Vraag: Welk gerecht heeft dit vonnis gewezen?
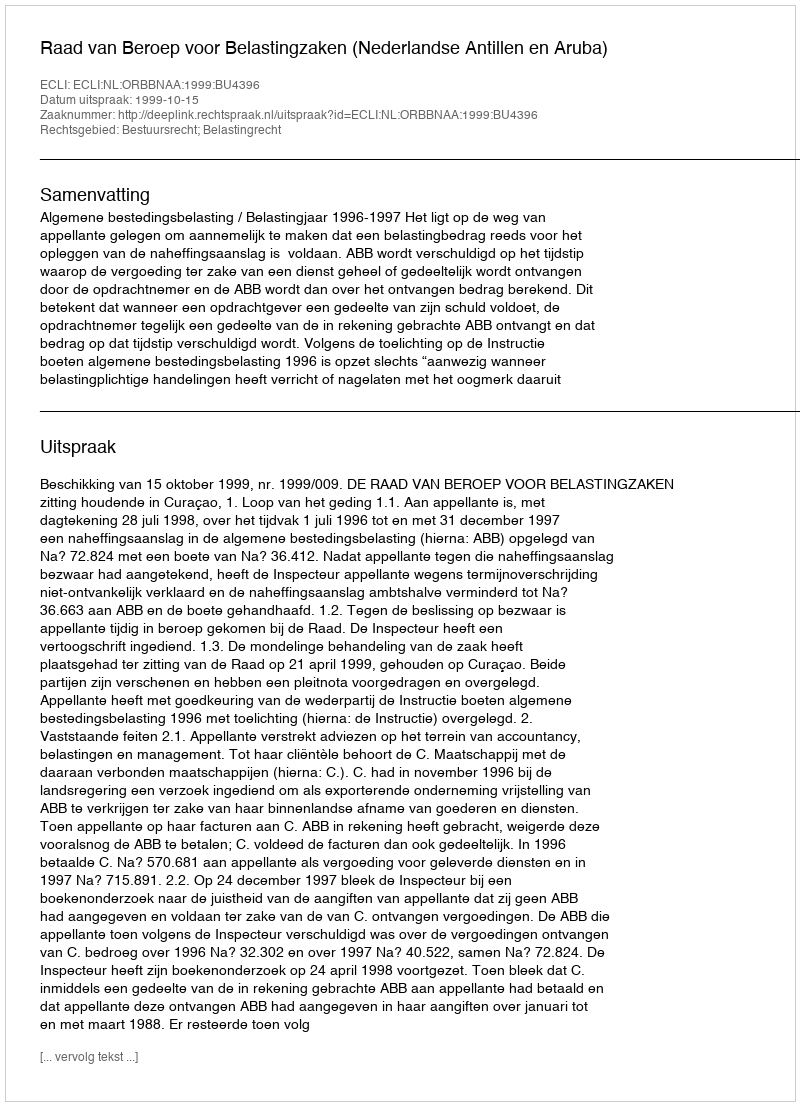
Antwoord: Raad van Beroep voor Belastingzaken (Nederlandse Antillen en Aruba)